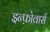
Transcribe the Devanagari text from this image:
इन्फ़ोवार्स